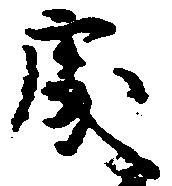
処